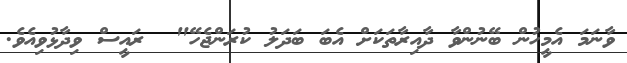
ވާނަމަ އެމީހުން ބޭނުންވާ ދާއިރާތަކަށް އެބަ ބަދަލު ކުރަންޖެހޭ"  ރައީސް ވިދާޅުވިއެވެ.